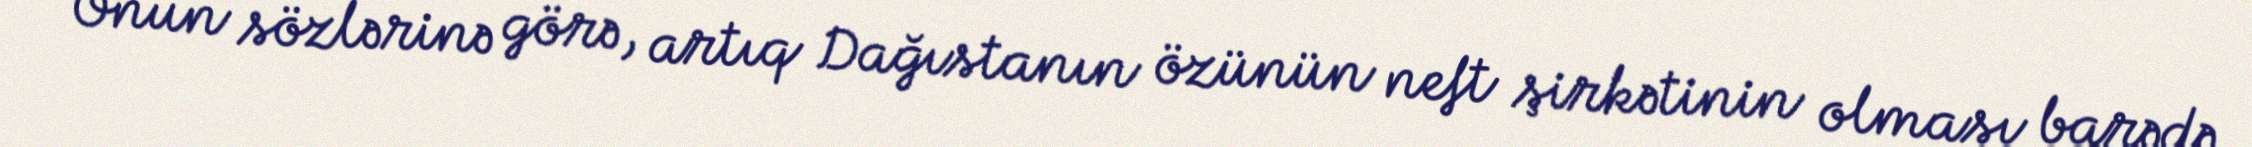
Onun sözlərinə görə, artıq Dağıstanın özünün neft şirkətinin olması barədə